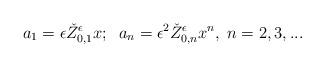
LaTeX: \begin{align*}a_1=\epsilon\check{Z}_{0,1}^{\epsilon} x; \;\;a_n=\epsilon^2 \check{Z}_{0,n}^{\epsilon} x^n,\; n=2,3,... \end{align*}